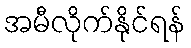
အမီလိုက်နိုင်ရန်